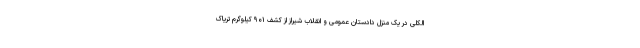
الکلی در یک منزل دادستان عمومی و انقلاب شیراز از کشف ۹۰۱ کیلوگرم تریاک